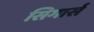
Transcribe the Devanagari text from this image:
सिगार्स